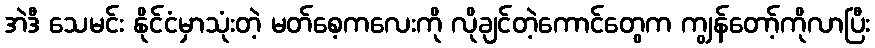
အဲဒီ သေမင်း နိုင်ငံမှာသုံးတဲ့ မတ်စေ့ကလေးကို လိုချင်တဲ့ကောင်တွေက ကျွန်တော့်ကိုလာပြီး